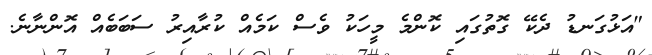
"އަޅުގަނޑު ދެކޭ ގޮތުގައި ކޮންމެ މީހަކު ވެސް ކަމެއް ކުރާއިރު ސަބަބެއް އޮންނާނެ.